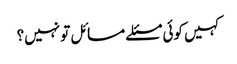
کہیں کوئی مسئلے مسائل تو نہیں؟